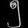
Digit: ၅